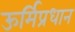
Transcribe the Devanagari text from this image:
ऊर्मिप्रधान